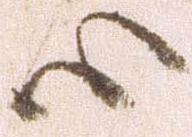
心